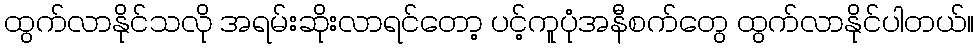
ထွက်လာနိုင်သလို အရမ်းဆိုးလာရင်တော့ ပင့်ကူပုံအနီစက်တွေ ထွက်လာနိုင်ပါတယ်။